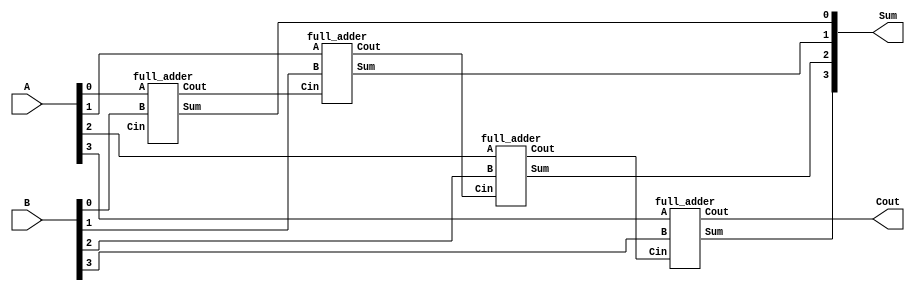
module CarryRippleAdder (
    input [3:0] A,
    input [3:0] B,
    output [4:0] Sum,
    output Cout
);

    // Internal wire for carry propagation
    wire [4:0] Carry;

    // Full adder instances for each bit
    genvar i;
    generate
        for (i = 0; i < 4; i = i + 1) begin : gen_full_adder
            full_adder fa (
                .A(A[i]),
                .B(B[i]),
                .Cin(Carry[i]),
                .Sum(Sum[i]),
                .Cout(Carry[i + 1])
            );
        end
    endgenerate

    // Output carry
    assign Cout = Carry[4];

endmodule

// Full Adder module (assumed to be in a separate file or part of your design)
module full_adder (
    input A,
    input B,
    input Cin,
    output Sum,
    output Cout
);

    // Implementation details of the full adder
    // ...

endmodule